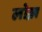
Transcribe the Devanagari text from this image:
लोख़